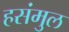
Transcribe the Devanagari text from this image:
हसंमुल